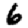
Digit: 6